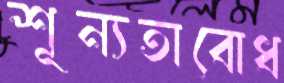
শূন্যতাবোধ